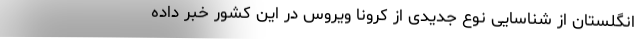
انگلستان از شناسایی نوع جدیدی از کرونا ویروس در این کشور خبر داده